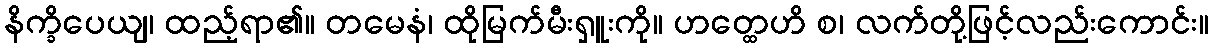
နိက္ခိပေယျ၊ ထည့်ရာ၏။ တမေနံ၊ ထိုမြက်မီးရှူးကို။ ဟတ္ထေဟိ စ၊ လက်တို့ဖြင့်လည်းကောင်း။